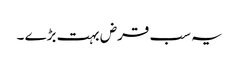
یہ سب قرض بہت بڑے ۔